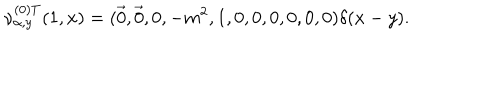
\nu _ { \alpha , y } ^ { ( 0 ) T } ( 1 , x ) = ( \vec { 0 } , \vec { 0 } , 0 , - m ^ { 2 } , 1 , 0 , 0 , 0 , 0 , 0 , 0 ) \delta ( x - y ) .